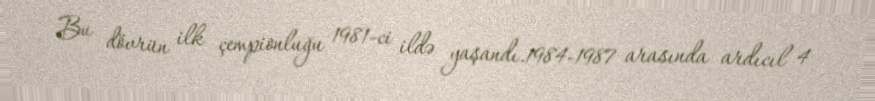
Bu dövrün ilk çempionluğu 1981-ci ildə yaşandı.1984-1987 arasında ardıcıl 4